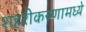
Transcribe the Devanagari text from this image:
शहरीकरणामध्ये